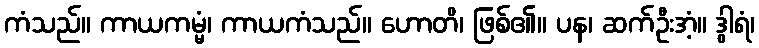
ကံသည်။ ကာယကမ္မံ၊ ကာယကံသည်။ ဟောတိ၊ ဖြစ်၏။ ပန၊ ဆက်ဦးအံ့။ ဒွါရံ၊